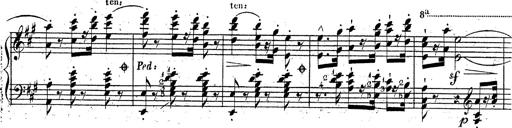
Title: Grande fantaisie sur la tyrolienne de l'opÃ©ra
Composer: Franz Liszt
Key: A major